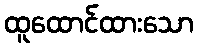
ထူထောင်ထားသော